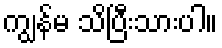
ကျွန်မ သိပြီးသားပါ။